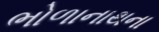
ભોળાનાથના